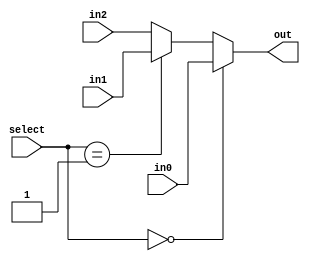
`timescale 1ns / 1ps

module mux3x1(in0, in1, in2,select, out);
    input wire [1:0] select;
    input wire [31:0] in0;
    input wire [31:0] in1;
    input wire [31:0] in2;
    output reg[31:0] out;

     always @(*)
    begin
        if(select == 2'b00)
        begin
            out <= in0;
        end
        else if(select == 2'b01)
        begin
            out <= in1;
        end else
        begin
            out <= in2;
        end
    end

endmodule